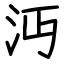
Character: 沔